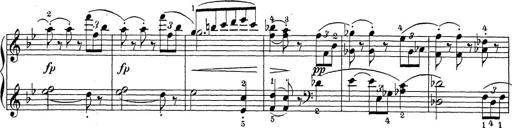
Title: Sonatina Album
Composer: Louis KÃ¶hler